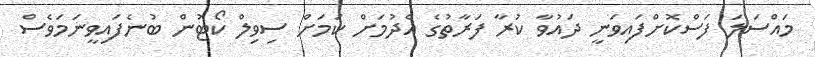
މައްސަލަ ފަސްކޮށްފައިވަނީ ދައުވާ ކުރާ ފަރާތުގެ އެދުމަށް ކަމަށް ސިވިލް ކޯޓުން ބުނެފައިވީނަމަވެސް